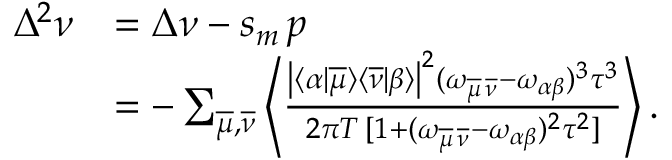
\begin{array} { r l } { \Delta ^ { 2 } \nu } & { = \Delta \nu - s _ { m } \, p } \\ & { = - \sum _ { \overline { { \mu } } , \overline { { \nu } } } \left\langle \frac { \left| \langle \alpha | \overline { { \mu } } \rangle \langle \overline { { \nu } } | \beta \rangle \right| ^ { 2 } ( \omega _ { \overline { { \mu } } \, \overline { { \nu } } } - \omega _ { \alpha \beta } ) ^ { 3 } \tau ^ { 3 } } { 2 \pi T \, [ 1 + ( \omega _ { \overline { { \mu } } \, \overline { { \nu } } } - \omega _ { \alpha \beta } ) ^ { 2 } \tau ^ { 2 } ] } \right\rangle . } \end{array}